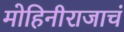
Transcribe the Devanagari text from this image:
मोहिनीराजाचं